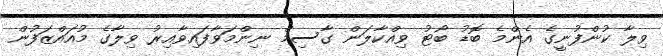
ވިލާ ކުންފުނީގެ އެންމެ ބޮޑު ބޯޓު ވިއްކާލަން ގާސިމް ނިންމަވާފައިވާއިރު ވިލާގެ މުއައްޒަފުން